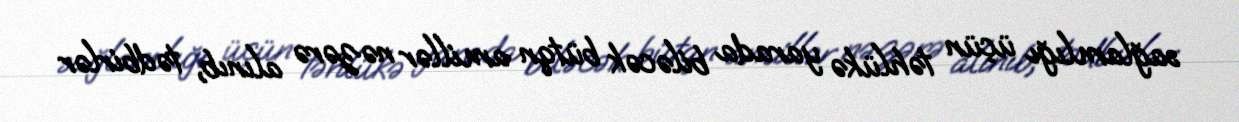
sağlamlığı üçün təhlükə yarada biləcək bütqn amillər nəzərə alınıb, tədbirlər